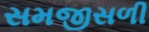
સમજીસળી